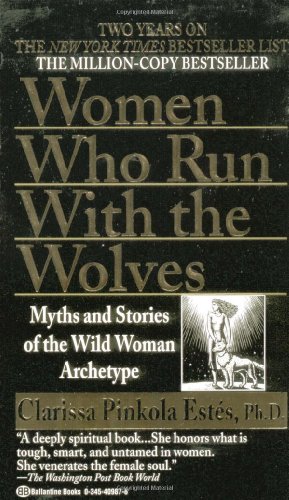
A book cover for Women Who Run with the Wolves; Clarissa Pinkola EstÃ©s; Literature & Fiction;